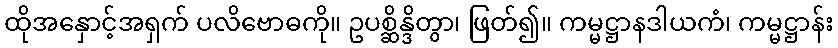
ထိုအနှောင့်အရှက် ပလိဗောဓကို။ ဥပစ္ဆိန္ဒိတွာ၊ ဖြတ်၍။ ကမ္မဋ္ဌာနဒါယကံ၊ ကမ္မဋ္ဌာန်း